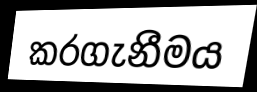
කරගැනීමය